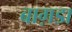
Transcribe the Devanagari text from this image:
बाग़डा